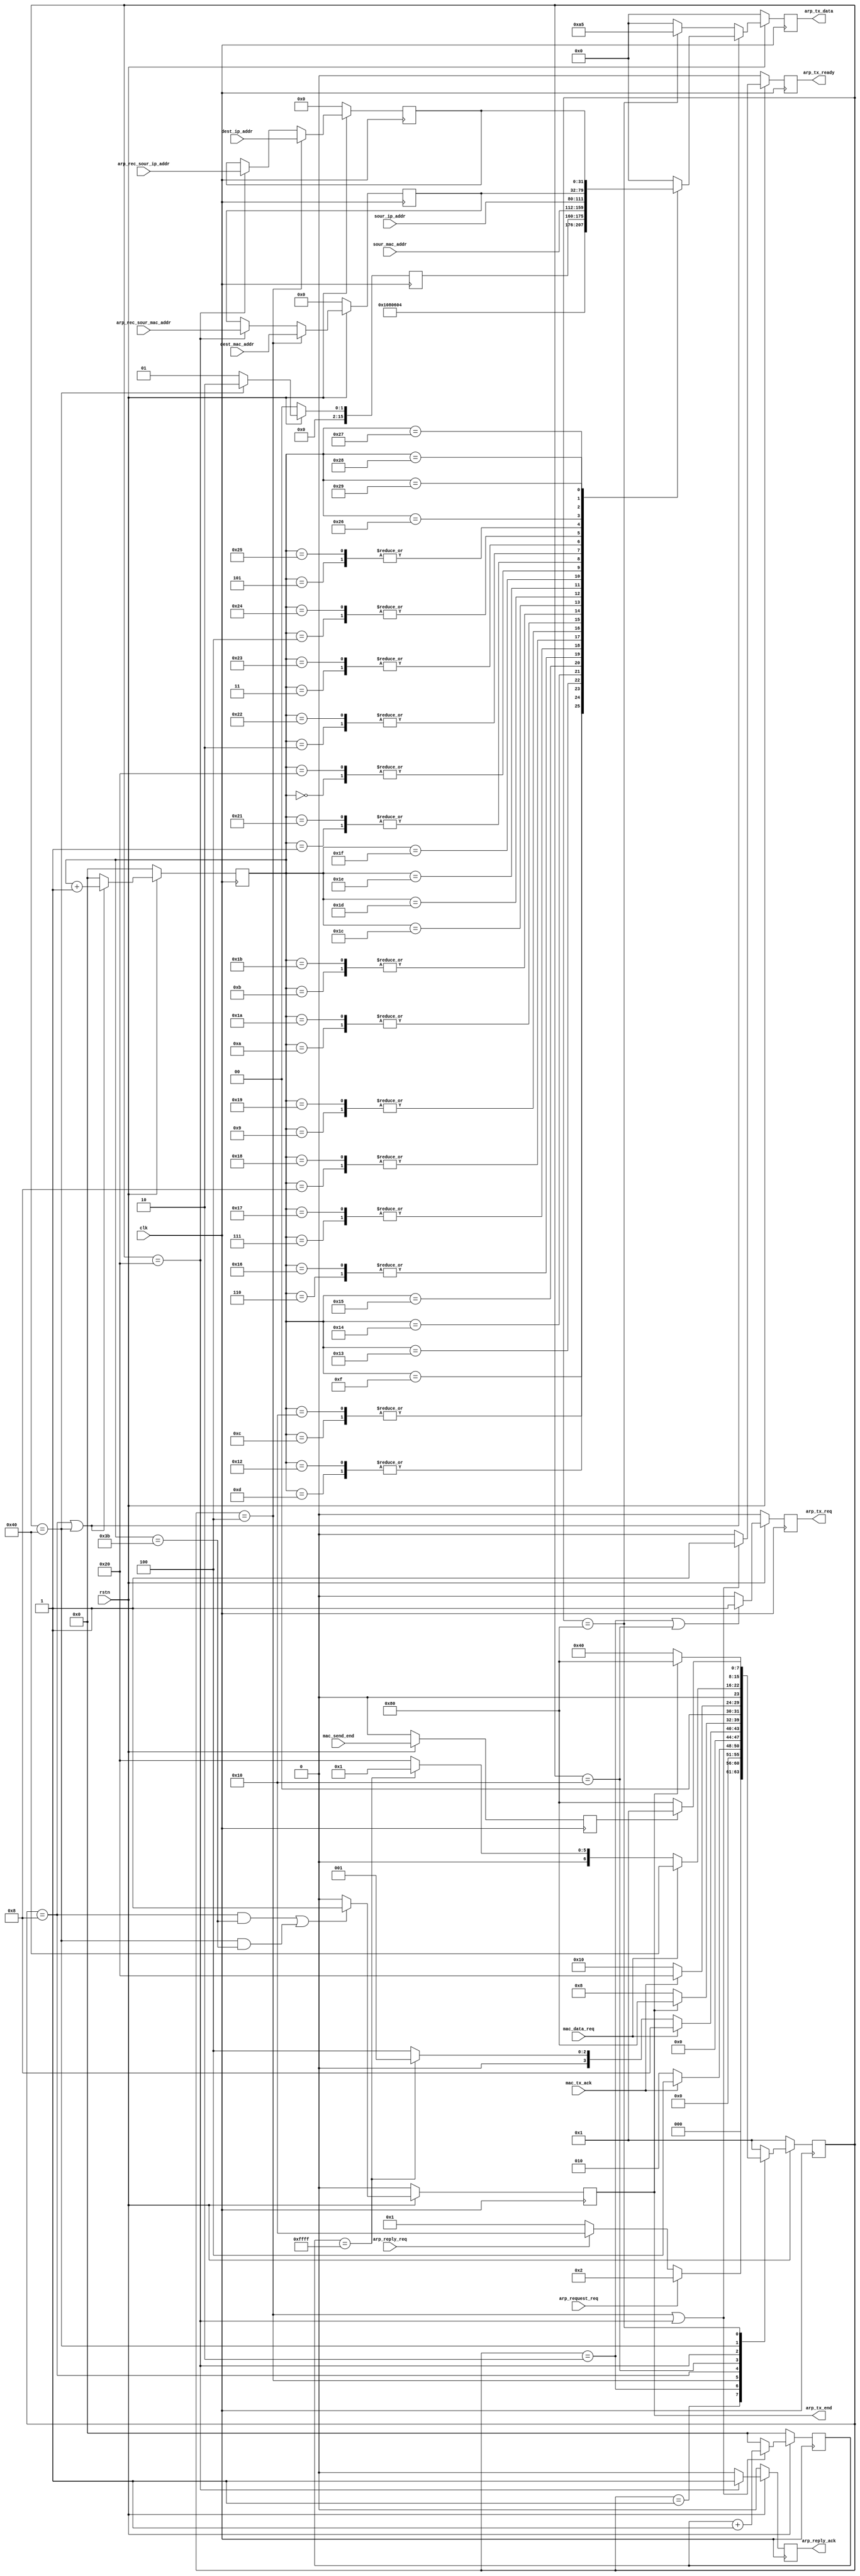
`timescale 1ns / 1ps
//////////////////////////////////////////////////////////////////////////////////
// Company: 
// Engineer: 
// 
// Design Name: 
// Module Name: ip_rx
// Project Name: 
// Target Devices: 
// Tool Versions: 
// Description: 
// 
// Dependencies: 
// 
// Revision:
// Revision 0.01 - File Created
// Additional Comments:
// 
//////////////////////////////////////////////////////////////////////////////////

module arp_tx(
    input                clk             ,                 
    input                rstn            ,                 
    
    input  [47:0]        sour_mac_addr   , //source mac address          
    input  [31:0]        sour_ip_addr    , //source ip address  
    
    //arp master request control
    input  [47:0]        dest_mac_addr   , //destination mac address         
    input  [31:0]        dest_ip_addr    , //destination ip address
    input                arp_request_req,         //arp request
    
    //arp rx connect
    input                arp_reply_req,           //arp reply request from arp rx module
    output reg           arp_reply_ack,           //arp reply ack to arp rx module
    input  [31:0]        arp_rec_sour_ip_addr,
    input  [47:0]        arp_rec_sour_mac_addr ,
    
    //mac tx connect
    input                mac_data_req,            //mac layer request data
    output reg           arp_tx_req,
    input                mac_send_end,
    input                mac_tx_ack,
    output reg           arp_tx_ready,
    output reg [7:0]     arp_tx_data,
    output reg           arp_tx_end
) ;
       
    localparam MAC_TYPE         = 16'h0806 ;
    localparam HARDWARE_TYPE    = 16'h0001 ;
    localparam PROTOCOL_TYPE    = 16'h0800 ;
    localparam MAC_LENGTH       = 8'h06    ;
    localparam IP_LENGTH        = 8'h04    ;
    
    localparam ARP_REQUEST_CODE = 16'h0001 ;
    localparam ARP_REPLY_CODE   = 16'h0002 ;
    
    reg  [15:0]        op ;
    
    reg  [31:0]        arp_dest_ip_addr ;
    reg  [47:0]        arp_dest_mac_addr  ;
    reg  [15:0]        arp_send_cnt ;
    reg  [15:0]        timeout ;
    reg                mac_send_end_d0 ;
    
    parameter IDLE               = 8'b00000001 ;
    parameter ARP_REQUEST_WAIT_0 = 8'b00000010 ;
    parameter ARP_REQUEST_WAIT_1 = 8'b00000100 ;
    parameter ARP_REQUEST        = 8'b00001000 ;
    parameter ARP_REPLY_WAIT_0   = 8'b00010000 ;
    parameter ARP_REPLY_WAIT_1   = 8'b00100000 ;
    parameter ARP_REPLY          = 8'b01000000 ;
    parameter ARP_END            = 8'b10000000 ;
    
    reg [7:0]    state  ;
    reg [7:0]    next_state ;
    
    always @(posedge clk)
    begin
        if (~rstn)
            state  <=  IDLE  ;
        else
            state  <= next_state ;
    end
      
    always @(*)
    begin
        case(state)
            IDLE             :
            begin
                if (arp_request_req)
                    next_state = ARP_REQUEST_WAIT_0 ;
                else if (arp_reply_req)
                    next_state = ARP_REPLY_WAIT_0  ;
                else
                    next_state = IDLE ;
            end
    	    ARP_REQUEST_WAIT_0 :
            begin
                if (mac_tx_ack)
                    next_state = ARP_REQUEST_WAIT_1     ;
                else
                    next_state = ARP_REQUEST_WAIT_0 ;
            end
            ARP_REQUEST_WAIT_1 :
            begin
                if (mac_data_req)
                    next_state = ARP_REQUEST     ;
                else if (timeout == 16'hffff)
                    next_state = IDLE ;
                else
                    next_state = ARP_REQUEST_WAIT_1 ;
            end
            ARP_REQUEST      :
            begin
                if (arp_tx_end)
                    next_state = ARP_END     ;
                else
                    next_state = ARP_REQUEST ;
            end
    	    ARP_REPLY_WAIT_0   :
            begin
                if (mac_tx_ack)
                    next_state = ARP_REPLY_WAIT_1     ;
                else
                    next_state = ARP_REPLY_WAIT_0 ;
            end
            ARP_REPLY_WAIT_1   :
            begin
                if (mac_data_req)
                    next_state = ARP_REPLY     ;
                else if (timeout == 16'hffff)
                    next_state = IDLE ;
                else
                    next_state = ARP_REPLY_WAIT_1 ;
            end
            ARP_REPLY        :
            begin
                if (arp_tx_end)
                    next_state = ARP_END ;
                else
                    next_state = ARP_REPLY ;
            end
    	    ARP_END :
    		begin
                if (mac_send_end_d0)
                    next_state = IDLE ;
                else
                    next_state = ARP_END ;
            end
            default          :
                next_state = IDLE ;
        endcase
    end
     
    always @(posedge clk)
    begin
        if (~rstn)
            mac_send_end_d0 <= 1'b0 ;
        else 
            mac_send_end_d0 <= mac_send_end ;
    end  
     
     always @(posedge clk)
    begin
        if (~rstn)
            arp_tx_req <= 1'b0 ;
        else if (state == ARP_REQUEST_WAIT_0 || state == ARP_REPLY_WAIT_0)
            arp_tx_req <= 1'b1  ;
        else
            arp_tx_req <= 1'b0 ;
    end 
      
    always @(posedge clk)
    begin
        if (~rstn)
            op <= 16'd0 ;
        else if (state == ARP_REPLY)
            op <= ARP_REPLY_CODE  ;
        else
            op <= ARP_REQUEST_CODE ;
    end
      
    always @(posedge clk)
    begin
        if (~rstn)
            arp_tx_ready <= 1'b0 ;
        else if (state == ARP_REQUEST_WAIT_1 || state == ARP_REPLY_WAIT_1)
            arp_tx_ready <= 1'b1 ;
        else
            arp_tx_ready <= 1'b0 ;
    end
      
    always @(posedge clk)
    begin
        if (~rstn)
            arp_tx_end <= 1'b0 ;
        else if ((state == ARP_REQUEST && arp_send_cnt == 13 + 46 ) || (state == ARP_REPLY && arp_send_cnt == 13 + 46 ))
            arp_tx_end <= 1'b1 ;
        else
            arp_tx_end <= 1'b0 ;
    end
 
    //timeout counter
    always @(posedge clk)
    begin
        if (~rstn)
            timeout <= 16'd0 ;
        else if (state == ARP_REQUEST_WAIT_1 || state == ARP_REPLY_WAIT_1)
            timeout <= timeout + 1'b1 ;
        else
            timeout <= 16'd0 ;
    end
     
    always @(posedge clk)
    begin
        if (~rstn)
            arp_dest_ip_addr  <=  32'd0  ;
        else if (state == ARP_REQUEST_WAIT_1)
            arp_dest_ip_addr  <= dest_ip_addr ;
        else if (state == ARP_REPLY_WAIT_1)
            arp_dest_ip_addr  <= arp_rec_sour_ip_addr ;
    end
      
    always @(posedge clk)
    begin
        if (~rstn)
            arp_dest_mac_addr  <=  48'd0  ;
        else if (state == ARP_REQUEST_WAIT_1)
            arp_dest_mac_addr  <= dest_mac_addr ;
        else if (state == ARP_REPLY_WAIT_1)
            arp_dest_mac_addr  <= arp_rec_sour_mac_addr ;
    end
      
    always @(posedge clk)
    begin
        if (~rstn)
            arp_reply_ack  <=  1'b0 ;
        else if (state == ARP_REPLY_WAIT_1)
            arp_reply_ack  <= 1'b1 ;
        else
            arp_reply_ack  <=  1'b0 ;
    end

    always @(posedge clk)
    begin
        if (~rstn)
            arp_send_cnt  <= 16'd0 ;
        else if (state == ARP_REQUEST || state == ARP_REPLY)
            arp_send_cnt <= arp_send_cnt + 1'b1 ;
        else
            arp_send_cnt <= 16'd0 ;
    end

    always @(posedge clk)
    begin
        if (~rstn)
            arp_tx_data <= 8'd0 ;
        else if(state == ARP_REQUEST || state == ARP_REPLY)
        begin
            case(arp_send_cnt)
                16'd0   :  arp_tx_data <= arp_dest_mac_addr[47:40];
                16'd1   :  arp_tx_data <= arp_dest_mac_addr[39:32];
                16'd2   :  arp_tx_data <= arp_dest_mac_addr[31:24];
                16'd3   :  arp_tx_data <= arp_dest_mac_addr[23:16];
                16'd4   :  arp_tx_data <= arp_dest_mac_addr[15:8] ;
                16'd5   :  arp_tx_data <= arp_dest_mac_addr[7:0]  ;
                16'd6   :  arp_tx_data <= sour_mac_addr[47:40]    ;
                16'd7   :  arp_tx_data <= sour_mac_addr[39:32]    ;
                16'd8   :  arp_tx_data <= sour_mac_addr[31:24]    ;
                16'd9   :  arp_tx_data <= sour_mac_addr[23:16]    ;
                16'd10  :  arp_tx_data <= sour_mac_addr[15:8]     ;
                16'd11  :  arp_tx_data <= sour_mac_addr[7:0]      ;
                16'd12  :  arp_tx_data <= MAC_TYPE[15:8]          ;      //frame type
                16'd13  :  arp_tx_data <= MAC_TYPE[7:0]           ;
                16'd14  :  arp_tx_data <= HARDWARE_TYPE[15:8]     ;      //hardware type
                16'd15  :  arp_tx_data <= HARDWARE_TYPE[7:0]      ;
                16'd16  :  arp_tx_data <= PROTOCOL_TYPE[15:8]     ;      //protocol type using IP 0800
                16'd17  :  arp_tx_data <= PROTOCOL_TYPE[7:0]      ;
                16'd18  :  arp_tx_data <= MAC_LENGTH              ;      //MAC address length
                16'd19  :  arp_tx_data <= IP_LENGTH               ;      //IP address length
                16'd20  :  arp_tx_data <= op[15:8]                ;
                16'd21  :  arp_tx_data <= op[7:0]                 ;
                16'd22  :  arp_tx_data <= sour_mac_addr[47:40]    ;
                16'd23  :  arp_tx_data <= sour_mac_addr[39:32]    ;
                16'd24  :  arp_tx_data <= sour_mac_addr[31:24]    ;
                16'd25  :  arp_tx_data <= sour_mac_addr[23:16]    ;
                16'd26  :  arp_tx_data <= sour_mac_addr[15:8]     ;
                16'd27  :  arp_tx_data <= sour_mac_addr[7:0]      ;
                16'd28  :  arp_tx_data <= sour_ip_addr[31:24]     ;
                16'd29  :  arp_tx_data <= sour_ip_addr[23:16]     ;
                16'd30  :  arp_tx_data <= sour_ip_addr[15:8]      ;
                16'd31  :  arp_tx_data <= sour_ip_addr[7:0]       ;
                16'd32  :  arp_tx_data <= arp_dest_mac_addr[47:40];
                16'd33  :  arp_tx_data <= arp_dest_mac_addr[39:32];
                16'd34  :  arp_tx_data <= arp_dest_mac_addr[31:24];
                16'd35  :  arp_tx_data <= arp_dest_mac_addr[23:16];
                16'd36  :  arp_tx_data <= arp_dest_mac_addr[15:8] ;
                16'd37  :  arp_tx_data <= arp_dest_mac_addr[7:0]  ;
                16'd38  :  arp_tx_data <= arp_dest_ip_addr[31:24] ;
                16'd39  :  arp_tx_data <= arp_dest_ip_addr[23:16] ;
                16'd40  :  arp_tx_data <= arp_dest_ip_addr[15:8]  ;
                16'd41  :  arp_tx_data <= arp_dest_ip_addr[7:0]   ;
                default :  arp_tx_data <= 8'd0                    ;
            endcase
        end
        else if(state == ARP_END)
            arp_tx_data  <= 8'hA5 ;
        else
            arp_tx_data  <= 8'd0 ;
    end
  
endmodule